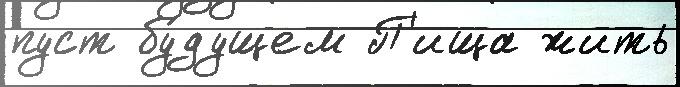
пуст бу́дущем П'ища жить